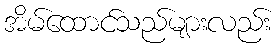
အိမ်ထောင်သည်များလည်း